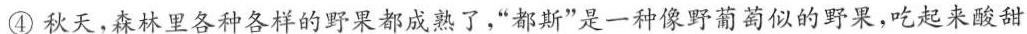
④秋天，森林里各种各样的野果都成熟了，”都斯”是一种像野葡萄似的野果，吃起来酸甜